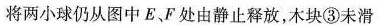
将小球仍从图中E、F处友静止释放，木块③未滑